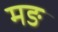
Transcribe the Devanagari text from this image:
मङ